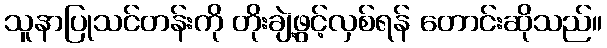
သူနာပြုသင်တန်းကို တိုးချဲ့ဖွင့်လှစ်ရန် တောင်းဆိုသည်။